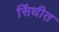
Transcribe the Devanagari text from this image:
सिंधीत